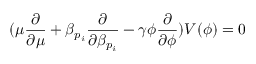
( \mu \frac { \partial } { \partial \mu } + \beta _ { p _ { i } } \frac { \partial } { \partial \beta _ { p _ { i } } } - \gamma \phi \frac { \partial } { \partial \phi } ) V ( \phi ) = 0